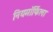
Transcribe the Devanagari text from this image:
नियमॉर्फिला